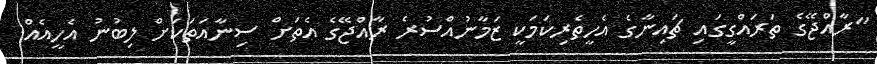
"ރާއްޖޭގެ ތަރައްގީގައި ޗައިނާގެ އެހީތެރިކަމަކީ ޒަމާނުއްސުރެ ރާއްޖޭގެ އެތަށް ސިނާއަތަކަށް ލިބުނު އެހީއެއް.